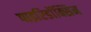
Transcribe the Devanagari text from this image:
पाइरिडॉक्सिन